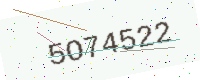
Text: 5O74522